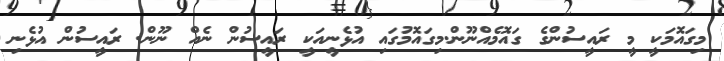
މިގައޮމަކީ މީ ރައީސުންގެ ގައޮމެއްނޫން.މިގައޮމުގައި އުޅެނީއަކީ ރައީސުން ނެއް ނޫން. ރައީސުން އުޅެނި